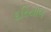
દરિયાળ